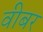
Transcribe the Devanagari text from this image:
वीबर